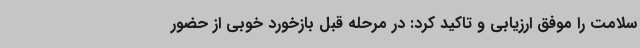
سلامت را موفق ارزیابی و تاکید کرد: در مرحله قبل بازخورد خوبی از حضور